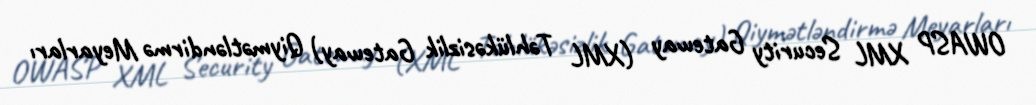
OWASP XML Security Gateway (XML Təhlükəsizlik Gateway) Qiymətləndirmə Meyarları